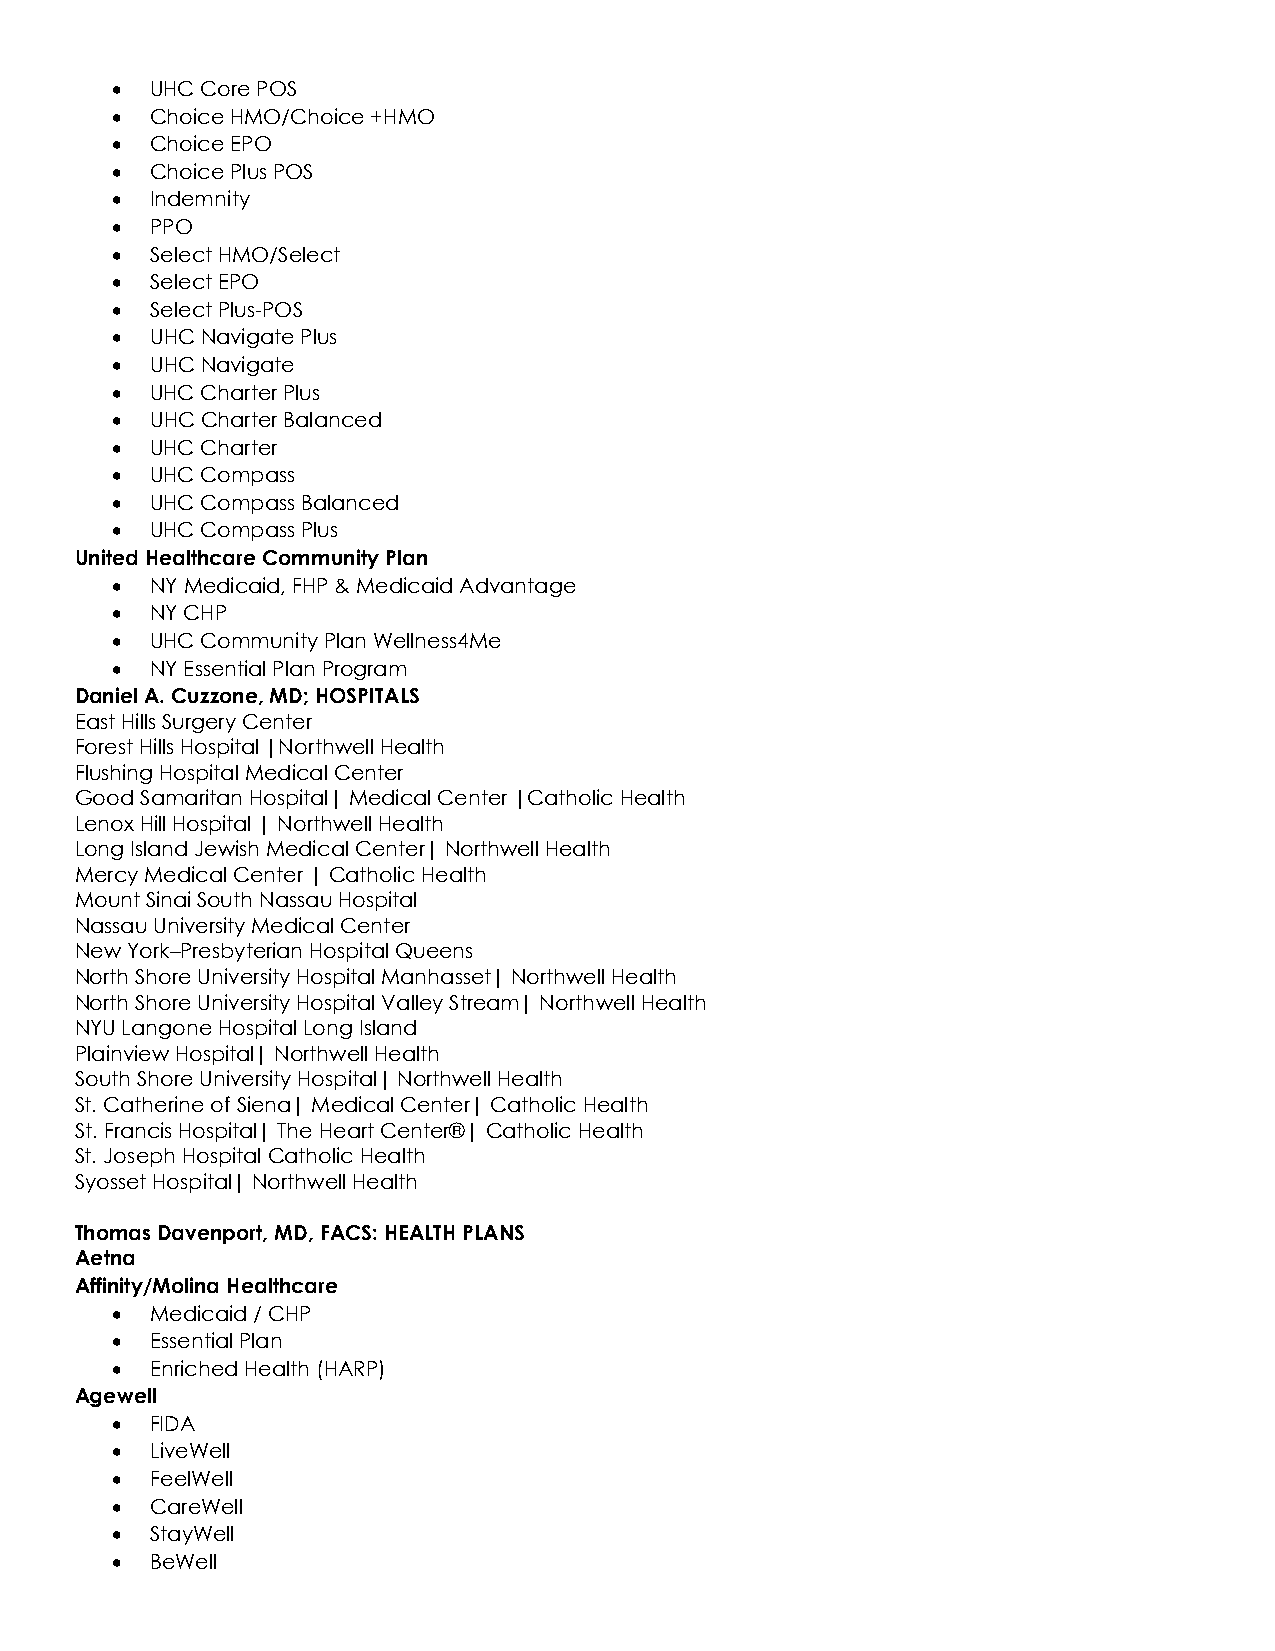
•  UHC Core POS
 •  Choice HMO/Choice +HMO
 •  Choice EPO
 •  Choice Plus POS
 •  Indemnity
 •  PPO
 •  Select HMO/Select
 •  Select EPO
 •  Select Plus-POS
 •  UHC Navigate Plus
 •  UHC Navigate
 •  UHC Charter Plus
 •  UHC Charter Balanced
 •  UHC Charter
 •  UHC Compass
 •  UHC Compass Balanced
 •  UHC Compass Plus
 United Healthcare Community Plan
 •  NY Medicaid, FHP & Medicaid Advantage
 •  NY CHP
 •  UHC Community Plan Wellness4Me
 •  NY Essential Plan Program
 Daniel A. Cuzzone, MD; HOSPITALS
 East Hills Surgery Center
 Forest Hills Hospital |Northwell Health
 Flushing Hospital Medical Center
 Good Samaritan Hospital| Medical Center |Catholic Health
 Lenox Hill Hospital | Northwell Health
 Long Island Jewish Medical Center| Northwell Health
 Mercy Medical Center | Catholic Health
 Mount Sinai South Nassau Hospital
 Nassau University Medical Center
 New York–Presbyterian Hospital Queens
 North Shore University Hospital Manhasset| Northwell Health
 North Shore University Hospital Valley Stream| Northwell Health
 NYU Langone Hospital Long Island
 Plainview Hospital| Northwell Health
 South Shore University Hospital| Northwell Health
 St. Catherine of Siena| Medical Center| Catholic Health
 St. Francis Hospital| The Heart Center®| Catholic Health
 St. Joseph Hospital Catholic Health
 Syosset Hospital| Northwell Health
 Thomas Davenport, MD, FACS: HEALTH PLANS
 Aetna
 Affinity/Molina Healthcare
 •  Medicaid / CHP
 •  Essential Plan
 •  Enriched Health (HARP)
 Agewell
 •  FIDA
 •  LiveWell
 •  FeelWell
 •  CareWell
 •  StayWell
 •  BeWell